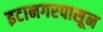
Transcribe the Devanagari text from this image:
इटानगरपासून